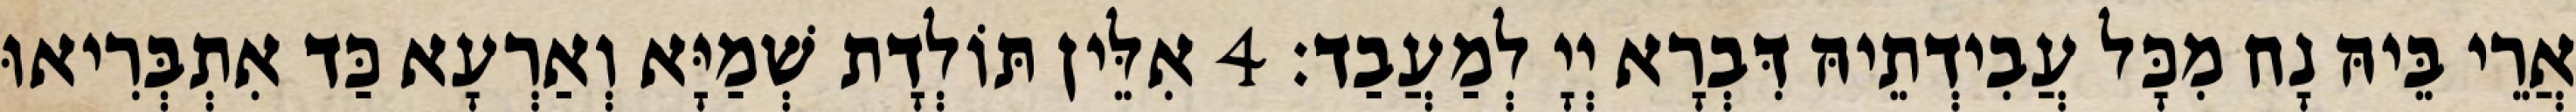
אֲרֵי בֵּיהּ נָח מִכָּל עֲבִידְתֵיהּ דִּבְרָא יְיָ לְמַעֲבַד׃ 4 אִלֵּין תּוֹלְדָת שְׁמַיָּא וְאַרְעָא כַּד אִתְבְּרִיאוּ